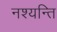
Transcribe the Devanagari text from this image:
नश्यन्ति